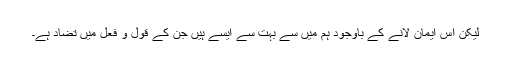
لیکن اس ایمان لانے کے باوجود ہم میں سے بہت سے ایسے ہیں جن کے قول و فعل میں تضاد ہے۔